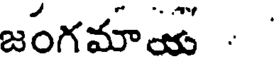
జంగమాయ